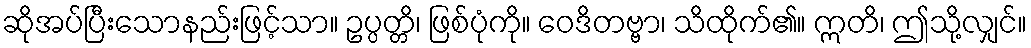
ဆိုအပ်ပြီးသောနည်းဖြင့်သာ။ ဥပ္ပတ္တိ၊ ဖြစ်ပုံကို။ ဝေဒိတဗ္ဗာ၊ သိထိုက်၏။ ဣတိ၊ ဤသို့လျှင်။